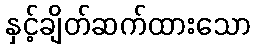
နှင့်ချိတ်ဆက်ထားသော